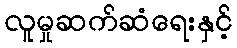
လူမှုဆက်ဆံရေးနှင့်